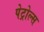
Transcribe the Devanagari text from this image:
पेट्रोल्स